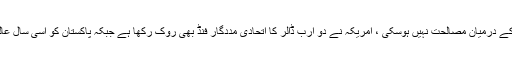
ملک بوستان کے مطابق شکاگو کانفرنس میں امریکا اور پاکستان کے درمیان مصالحت نہیں ہوسکی ، امریکہ نے دو ارب ڈالر کا اتحادی مددگار فنڈ بھی روک رکھا ہے جبکہ پاکستان کو اسی سال عالمی مالیاتی فنڈ کو تقریباَ َ چار ارب ڈالر کی قسط بھی ادا کرنی ہے۔